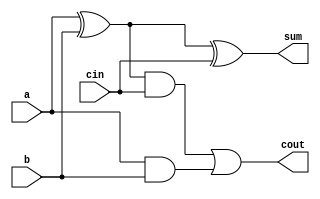
//Implementaion of FULL ADDER by using Data Flow Modelling..

module FA(a,b,cin,sum,cout);
input a,b,cin;
output sum,cout;
assign sum=a^b^cin;
assign cout=(a^b)&cin|a&b;
endmodule

module Parallel_adder(a,b,cin,sum,cout);
input[3:0]a,b;
input cin;
output[3:0]sum;
output cout;

wire c1,c2,c3;

//Specify  the function of full adder...

FA f0(a[0],b[0],cin,sum[0],c1);
FA f1(a[1],b[1],c1,sum[1],c2);
FA f2(a[2],b[2],c2,sum[2],c3);
FA f3(a[3],b[3],c3,sum[3],cout);


endmodule